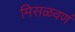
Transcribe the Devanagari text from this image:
मिसळवणं